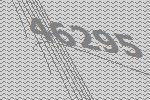
46295